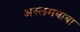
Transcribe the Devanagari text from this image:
अस्लमबाबा